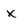
Character: x